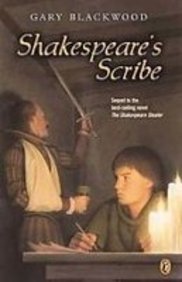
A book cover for Shakespeare's Scribe; Gary L. Blackwood; Teen & Young Adult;